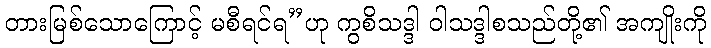
တားမြစ်သောကြောင့် မစီရင်ရ”ဟု ကွစိသဒ္ဒါ ဝါသဒ္ဒါစသည်တို့၏ အကျိုးကို